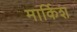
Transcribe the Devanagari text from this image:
मार्किश